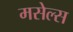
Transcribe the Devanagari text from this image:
मसेल्स